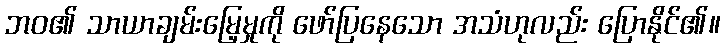
ဘဝ၏ သာယာချမ်းမြေ့မှုကို ဖော်ပြနေသော အသံဟုလည်း ပြောနိုင်၏။